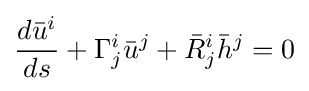
{d{\bar {u}}^{i} \over ds}+\Gamma _{j}^{i}{\bar {u}}^{j}+{\bar {R}}_{j}^{i}{\bar {h}}^{j}=0